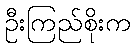
ဦးကြည်စိုးက